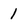
Character: 1